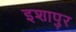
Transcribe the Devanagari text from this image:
इशापुर